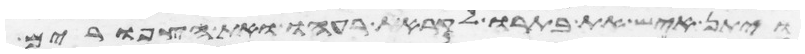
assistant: ויתן איש את בתרו לקראת רעהו ואת הצפורים